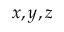
x , y , z